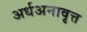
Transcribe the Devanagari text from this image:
अर्धअनावृत्त